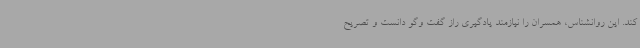
کند. این روانشناس، همسران را نیازمند یادگیری راز گفت وگو دانست و تصریح